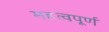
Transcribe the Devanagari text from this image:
महत्‍वपूर्ण